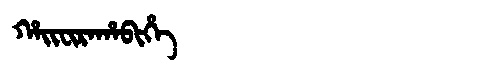
Manchu: ᡥᠠᡳᠸᡳᡵᠠᡥᠠᠪᡳᡥᡝ
Romanization: HAIFIRAHABIHE